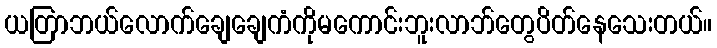
ယတြာဘယ်လောက်ချေချေကံကိုမကောင်းဘူးလာဘ်တွေပိတ်နေသေးတယ်။